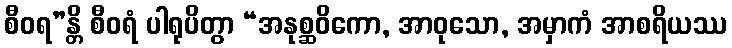
စီဝရ”န္တိ စီဝရံ ပါရုပိတွာ “အနုစ္ဆဝိကော, အာဝုသော, အမှာကံ အာစရိယဿ